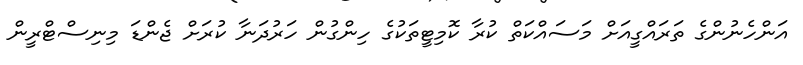
އަންހެނުންގެ ތަަރައްގީއަށް މަސައްކަތް ކުރާ ކޮމިޓީތަކުގެ ހިންގުން ހަރުދަނާ ކުރަށް ޖެންޑަ މިނިސްޓްރީން